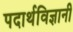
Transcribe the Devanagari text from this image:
पदार्थविज्ञानी